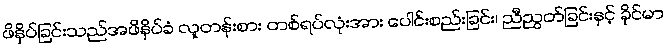
ဖိနှိပ်ခြင်းသည်အဖိနှိပ်ခံ လူတန်းစား တစ်ရပ်လုံးအား ပေါင်းစည်းခြင်း၊ ညီညွတ်ခြင်းနှင့် ခိုင်မာ